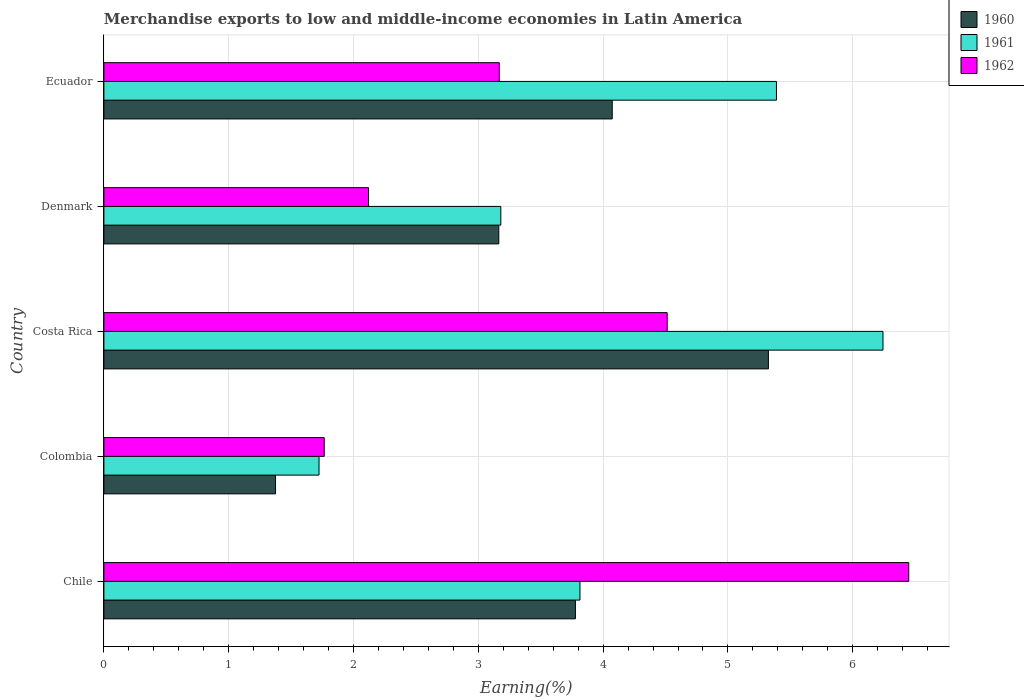
| Country | 1960 | 1961 | 1962 |
 | --- | --- | --- | --- |
 | Chile | 3.78 | 3.81 | 6.45 |
 | Colombia | 1.38 | 1.72 | 1.77 |
 | Costa Rica | 5.32 | 6.24 | 4.51 |
 | Denmark | 3.16 | 3.18 | 2.12 |
 | Ecuador | 4.07 | 5.39 | 3.17 |